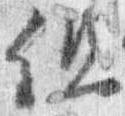
但